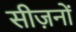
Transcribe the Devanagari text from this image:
सीज़नोंं